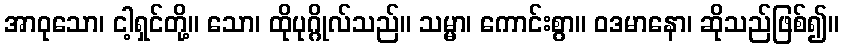
အာဝုသော၊ ငါ့ရှင်တို့။ သော၊ ထိုပုဂ္ဂိုလ်သည်။ သမ္မာ၊ ကောင်းစွာ။ ဝဒမာနော၊ ဆိုသည်ဖြစ်၍။